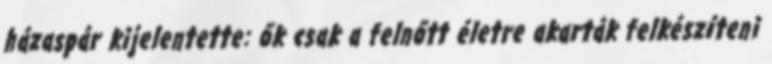
házaspár kijelentette: ők csak a felnőtt életre akarták felkészíteni